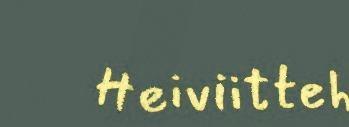
Heiviitteh